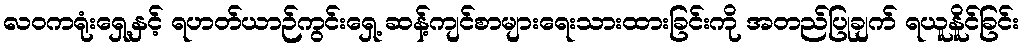
လဝကရုံးရှေ့နှင့် ရဟတ်ယာဉ်ကွင်းရှေ့ ဆန့်ကျင်စာများရေးသားထားခြင်းကို အတည်ပြုချက် ရယူနိူင်ခြင်း